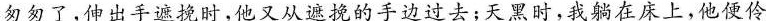
匆匆了，伸出手遮挽时，他又从遮挽的手边过去；天黑时，我躺在床上，他便伶